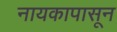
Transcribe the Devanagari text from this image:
नायकापासून